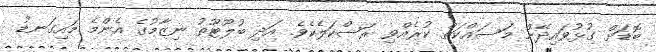
ބޮޑަށް ގުޅުވައިދޭން މަސައްކަތް ކުރެއްވި ރަސްކަލެކެވެ. އަދި ބުލޫޓޫތު ނިޒާމުގެ އެންމެ މައިގަނޑު